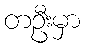
တဦးမှာ